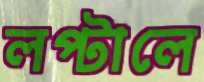
লপ্‌টালে